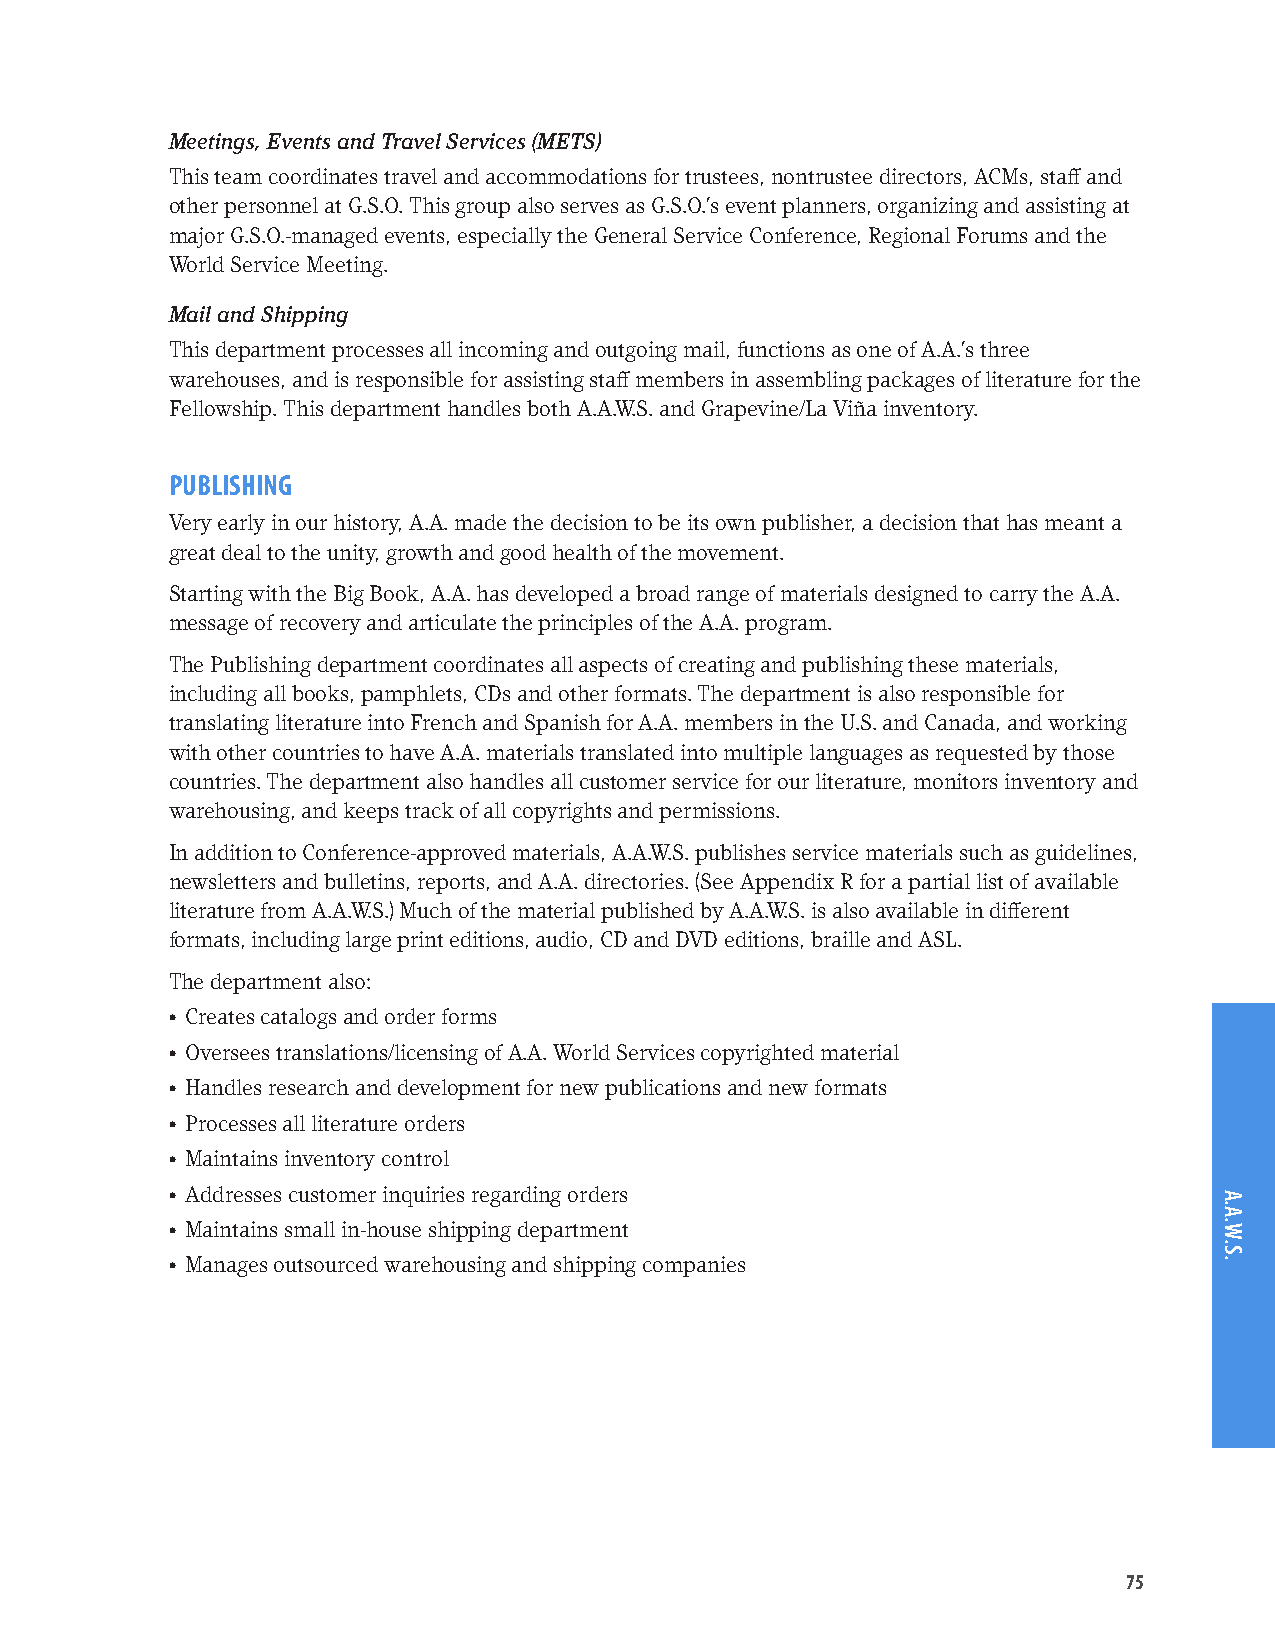
Meetings, Events and Travel Services (METS)
 This team coordinates travel and accommodations for trustees, nontrustee directors, ACMs, staff and
 other personnel at G.S.O. This group also serves as G.S.O.’s event planners, organizing and assisting at
 major G.S.O.-managed events, especially the General Service Conference, Regional Forums and the
 World Service Meeting.
 Mail and Shipping
 This department processes all incoming and outgoing mail, functions as one of A.A.’s three
 warehouses, and is responsible for assisting staff members in assembling packages of literature for the
 Fellowship. This department handles both A.A.W.S. and Grapevine/La Viña inventory.
 PUBLISHING
 Very early in our history, A.A. made the decision to be its own publisher, a decision that has meant a
 great deal to the unity, growth and good health of the movement.
 Starting with the Big Book, A.A. has developed a broad range of materials designed to carry the A.A.
 message of recovery and articulate the principles of the A.A. program.
 The Publishing department coordinates all aspects of creating and publishing these materials,
 including all books, pamphlets, CDs and other formats. The department is also responsible for
 translating literature into French and Spanish for A.A. members in the U.S. and Canada, and working
 with other countries to have A.A. materials translated into multiple languages as requested by those
 countries. The department also handles all customer service for our literature, monitors inventory and
 warehousing, and keeps track of all copyrights and permissions.
 In addition to Conference-approved materials, A.A.W.S. publishes service materials such as guidelines,
 newsletters and bulletins, reports, and A.A. directories. (See Appendix R for a partial list of available
 literature from A.A.W.S.) Much of the material published by A.A.W.S. is also available in different
 formats, including large print editions, audio, CD and DVD editions, braille and ASL.
 The department also:
 • Creates catalogs and order forms
 • Oversees translations/licensing of A.A. World Services copyrighted material
 • Handles research and development for new publications and new formats
 • Processes all literature orders
 • Maintains inventory control
 • Addresses customer inquiries regarding orders
 • Maintains small in-house shipping department
 • Manages outsourced warehousing and shipping companies
 75
 A.A.W.S.